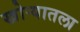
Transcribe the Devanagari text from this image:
खोर्‍यातला